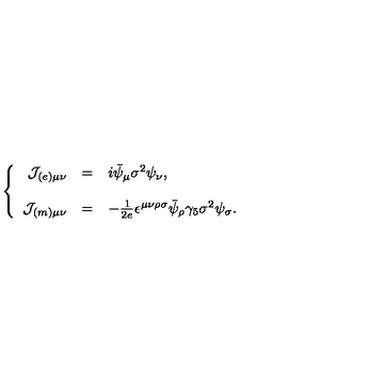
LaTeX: \left\{ \begin{array} { r c l } { { \cal J } _ { ( e ) \mu \nu } } & { = } & { i \bar { \psi } _ { \mu } \sigma ^ { 2 } \psi _ { \nu } , } \\ { } & { } & { } \\ { { \cal J } _ { ( m ) \mu \nu } } & { = } & { - \frac { 1 } { 2 e } \epsilon ^ { \mu \nu \rho \sigma } \bar { \psi } _ { \rho } \gamma _ { 5 } \sigma ^ { 2 } \psi _ { \sigma } . } \\ \end{array} \right.